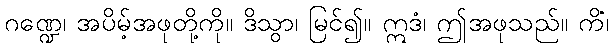
ဂဏ္ဍေ၊ အပိမ့်အဖုတို့ကို။ ဒိသွာ၊ မြင်၍။ ဣဒံ၊ ဤအဖုသည်။ ကိံ၊